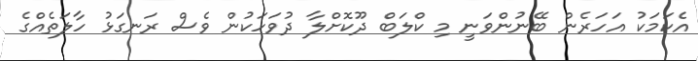
އެކަމަކު އަހަރެން ބޭނުންވަނީ މި ކްލަބް ދޫކޮށްލާ ދުވަހަކުން ވެސް ރަނގަޅު ހާލަތެއްގެ